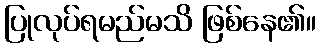
ပြုလုပ်ရမည်မသိ ဖြစ်နေ၏။